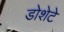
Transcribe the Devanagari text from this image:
डोशेटे